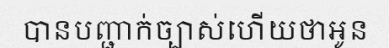
បានបញ្ជាក់ច្បាស់ហើយថាអូន